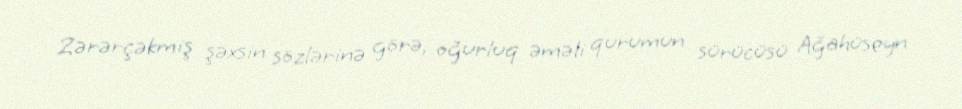
Zərərçəkmiş şəxsin sözlərinə görə, oğurluq əməli qurumun sürücüsü Ağahüseyn